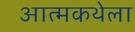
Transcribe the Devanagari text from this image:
आत्मकथेला